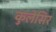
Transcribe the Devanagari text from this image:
कुलेसिर